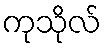
ကုသိုလ်